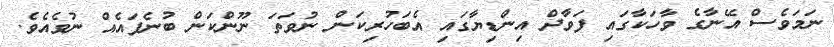
ނަމަވެސް އޭނާގެ ވާހަކާގައި ފަވާދް އިންޑިޔާގައި އެބަހުރިކަން ނުވަތަ ނޫންކަން ބުނެފައެއް ނުވެއެވެ.